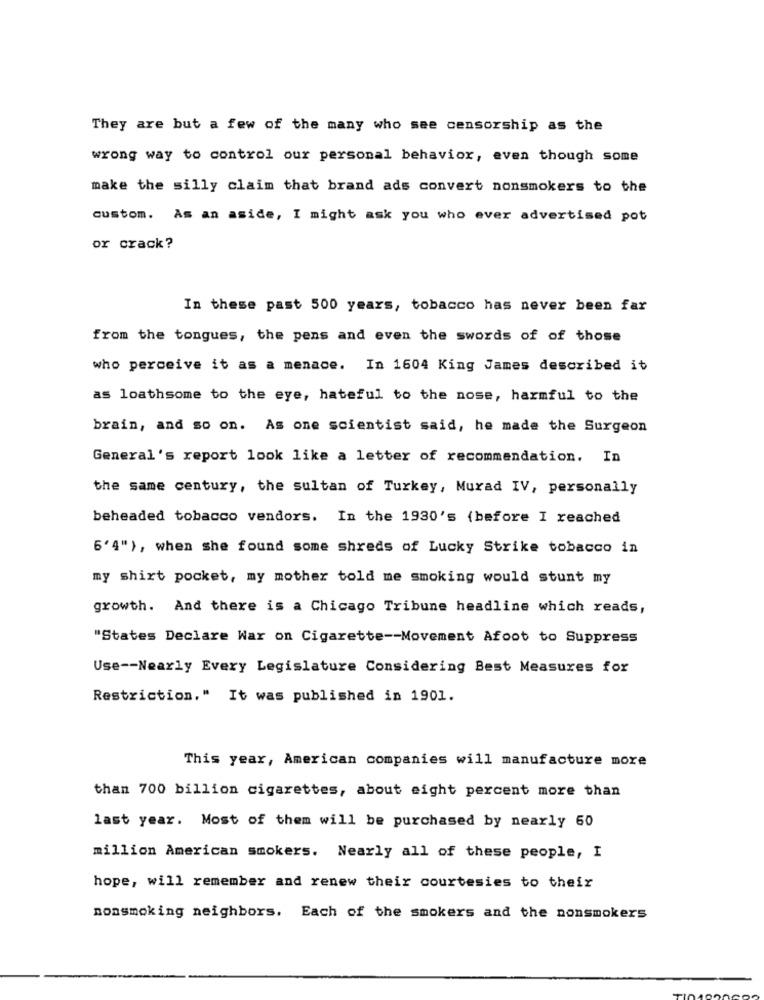
They are but a few of the many who see censorship as the
wrong way to control our personal behavior, even though some
make the silly claim that brand ads convert nonsmokers to the
custom. As an aside, I might ask you who ever advertised pot
or crack?
In these past 500 years, tobacco has never been far
from the tongues, the pens and even the swords of of those
who perceive it as a menace. In 1604 King James described it
as loathsome to the eye, hateful to the nose, harmful to the
brain, and so on. As one scientist said, he made the Surgeon
General's report look like a letter of recommendation. In
the same century, the sultan of Turkey, Murad IV, personally
beheaded tobacco vendors. In the 1930's (before I reached
6'4"), when she found some shreds of Lucky Strike tobacco in
my shirt pocket, my mother told me smoking would stunt my
growth. And there is a Chicago Tribune headline which reads,
"States Declare War on Cigarette -- Movement Afoot to Suppress
Use -- Nearly Every Legislature Considering Best Measures for
Restriction." It was published in 1901.
This year, American companies will manufacture more
than 700 billion cigarettes, about eight percent more than
last year. Most of them will be purchased by nearly 60
million American smokers. Nearly all of these people, I
hope, will remember and renew their courtesies to their
nonsmoking neighbors. Each of the smokers and the nonsmokers